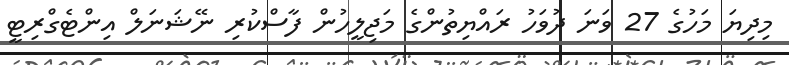
މިދިޔަ މަހުގެ 27 ވަނަ ދުވަހު ރައްޔިތުންގެ މަޖިލީހުން ފާސްކުރި ނޭޝަނަލް އިންޓެގްރިޓީ